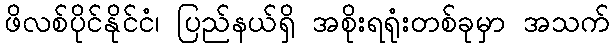
ဖိလစ်ပိုင်နိုင်ငံ၊ ပြည်နယ်ရှိ အစိုးရရုံးတစ်ခုမှာ အသက်